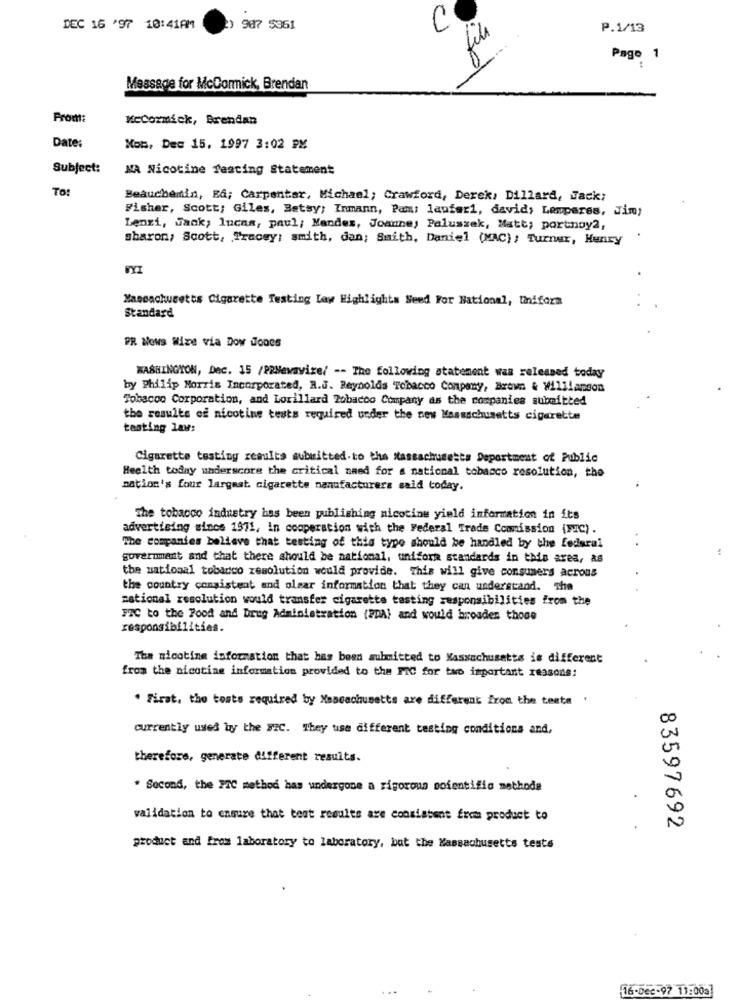
DEC 16 '97 10:41AM
2) 987 $851
C
P.1/13
fil
Page 1
Message for McCormick, Brendan
Promt:
Mccormick, Brendan
Date:
Mob, Dec 15, 1997 3:02 PM
Subject:
MA Nicotine Testing Statement
To:
Beauchemin, RA; Carpenter, Michael; Crawford, Derek, Dillard, Jack;
Fisher, Scott; Giles, Betsy; Inmann, Pami laufer1, david> Lemperes, Jim;
Lenzi, Jack; lucas, paul; Mandes, Joanne, Paluszek, Matt; portnoy2,
sharon, Scott, Tracey; smith, dan; Smith, Daniel (MAC); Turnur, Henry
Massachusetts Cigarette Testing Law Highlights Seed For National, Uniform
Standard
PR Nows Wize via Dow Jones
WASHINGTON, Dec. 15 /PRNewswire/ -- The following statement was released today
by philip Morris Incorporated, R.J. Reynolds Tobacco Company, Brown & Williamson
Tobacon Corporation, and Lorillard Tobacco Company as the companies submitted
the results of nicotine tests required under the new Massachusetts cigarette
tasting law:
Cigarette testing results submitted.to the Massachusetts Department of Public
Health today underscore the critical need for a national tobacco resolution, the
nation's four largest. cigarette manufacturers said today.
The tobacco industry has been publishing nicotine yield information in its
advertising since 1971, in cooperation with the Federal Trade Commission (PC).
The companies believe that testing of this type should be handled by the federal
government and that there should be national, uniform standards in this area, as
the national tobacco zesolution would provide. This will give consumers acrous
the country consistent and olsar information that they can understand. The
mationel resolution would transfer cigarette tasting responsibilities from the
32C to the Food and Drug Administration (ZDA) and would broaden those
responsibilities.
The nicotine information that has been submitted to Massachusetts is different
from the nicotine information provided to the PIC for two important reasons:
. Firat, the costs required by Massachusetts are different from the tenta '
currently used by the FTC. They use different testing conditions and,
therefore, generate different results.
* Second, the 37C method has undergone a rigorous soientific methode
validation to ensure that test results are consistent frem product to
83597692
product and from laboratory to laboratory, but the Massachusetts teste
16-Dec-97 11:009]